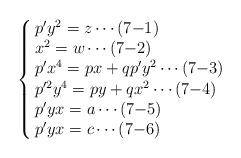
LaTeX: \begin{align*}\left\{\begin{array}{@{\,}lll}p'y^2=z\cdots\mbox{(7$-$1)}\\x^2=w\cdots\mbox{(7$-$2)}\\p'x^4=px+qp'y^2\cdots\mbox{(7$-$3)}\\p'^2y^4=py+qx^2\cdots\mbox{(7$-$4)}\\p'yx=a\cdots\mbox{(7$-$5)}\\p'yx=c\cdots\mbox{(7$-$6)}\\\end{array} \right. \end{align*}